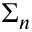
\Sigma _ { n }